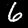
Label: 6